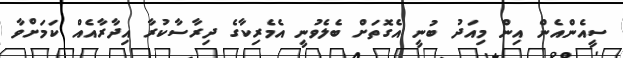
ސީއެންއެން އިން މިއަދު ބުނީ އެގޮތަށް ބެލެވުނީ އެމެރިކާގެ ދިރާސާކުރާ އިދާރާއެއް ކަމަށްވާ